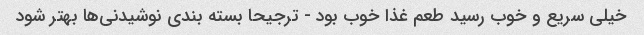
خیلی سریع و خوب رسید طعم غذا خوب بود - ترجیحا بسته بندی نوشیدنی‌ها بهتر شود